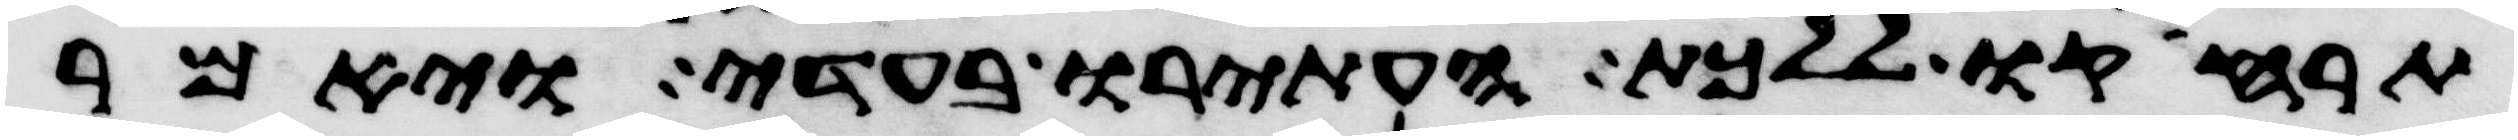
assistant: תרחיקו ללכת העתירו בעדי ויאמר